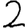
Digit: 2